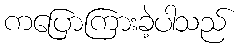
ကပြောကြားခဲ့ပါသည်